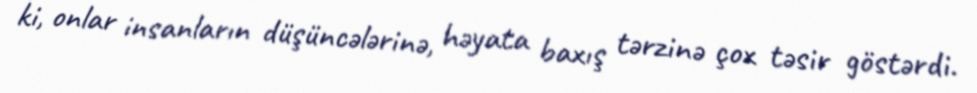
ki, onlar insanların düşüncələrinə, həyata baxış tərzinə çox təsir göstərdi.